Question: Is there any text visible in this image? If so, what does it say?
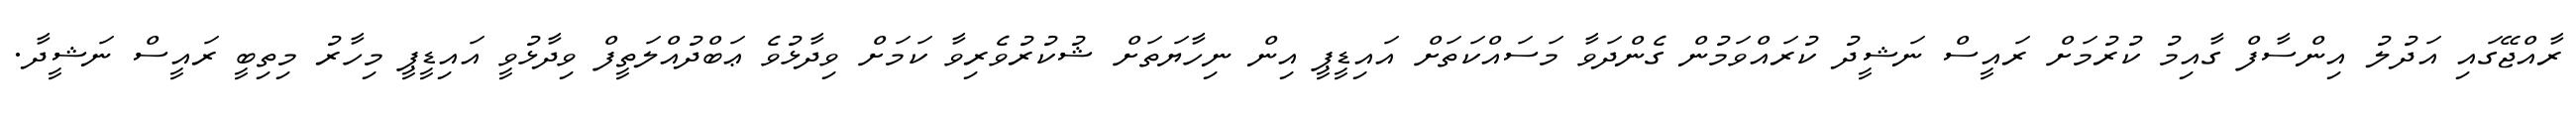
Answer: ރާއްޖޭގައި އަދުލު އިންސާފް ގާއިމު ކުރުމަށް ރައީސް ނަޝީދު ކުރައްވަމުން ގެންދަވާ މަސައްކަތަށް އައިޑީޕީ އިން ނިހާޔަތަށް ޝުކުރުވެރިވާ ކަމަށް ވިދާޅުވެ ޢަބްދުއްލަތީފް ވިދާޅުވީ އައިޑީޕީ މިހާރު މިތިބީ ރައީސް ނަޝީދާ.